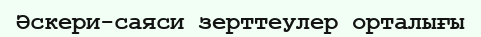
Әскери-саяси зерттеулер орталығы